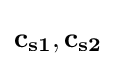
\mathbf {c_{s1},c_{s2}}